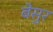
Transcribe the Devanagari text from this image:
बेसुर